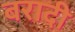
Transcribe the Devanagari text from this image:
बरादी